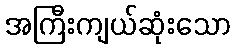
အကြီးကျယ်ဆုံးသော